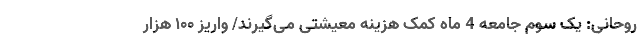
روحانی: یک سوم جامعه 4 ماه کمک هزینه معیشتی می‌گیرند/ واریز ۱۰۰ هزار